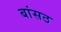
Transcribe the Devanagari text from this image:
बांसठ